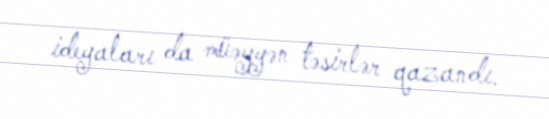
ideyaları da müəyyən təsirlər qazandı.